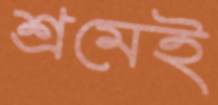
শ্রমেই